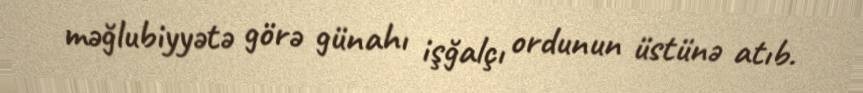
məğlubiyyətə görə günahı işğalçı ordunun üstünə atıb.